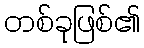
တစ်ခုဖြစ်၏